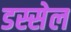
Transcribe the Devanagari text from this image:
डस्सेल